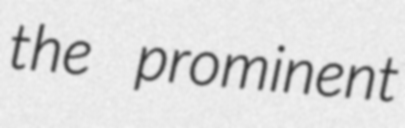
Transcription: the prominent